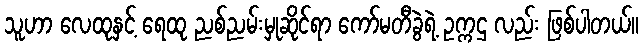
သူဟာ လေထုနှင့် ရေထု ညစ်ညမ်းမှုဆိုင်ရာ ကော်မတီခွဲရဲ့ ဥက္ကဌ လည်း ဖြစ်ပါတယ်။